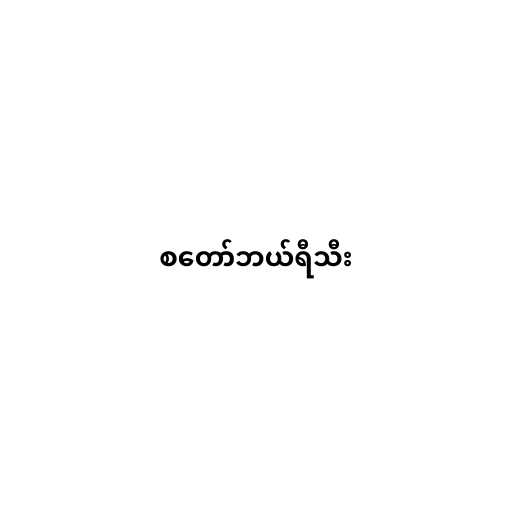
စတော်ဘယ်ရီသီး